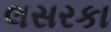
લસરકા